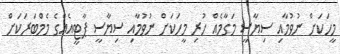
މީހަކަށް ނުވުމާއި ސިޔާސީ މަގާމެއް ހުރި މީހަކަށް ނުވުމާއި ސިޔާސީ ޕާޓީއެއްގެ މެމްބަރަކަށް